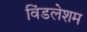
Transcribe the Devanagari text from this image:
विंडलेशम